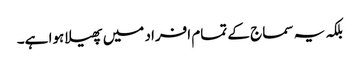
بلکہ یہ سماج کے تمام افراد میں پھیلا ہوا ہے۔